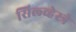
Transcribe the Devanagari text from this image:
सिल्व्हेस्त्रे